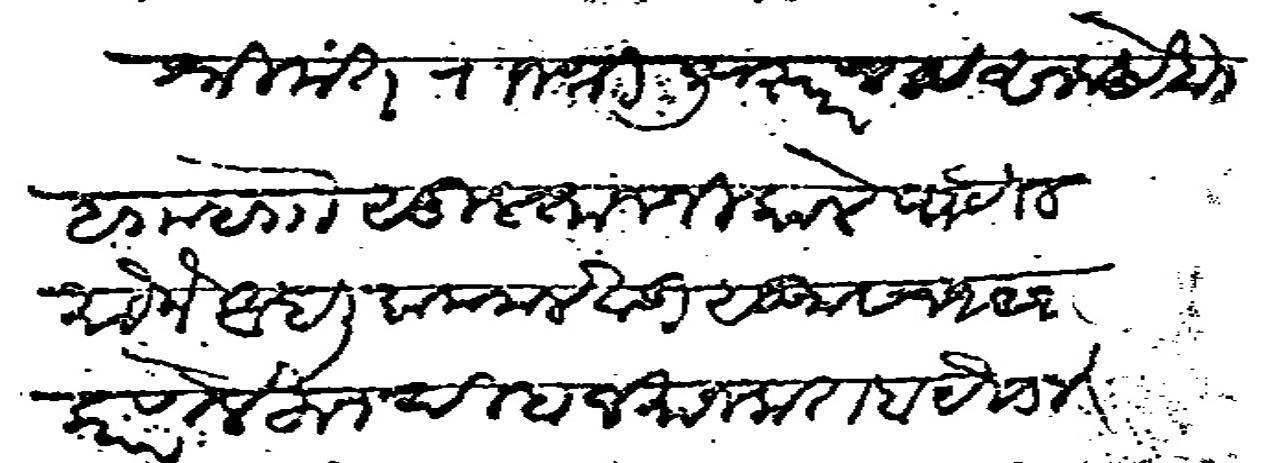
Transliteration (Devanagari): श्रीमंत राजश्री जुंजारराव साहेब बाा बाा सुलतानजी काले पाटील मौजे आंधली कमलेवाडी सु सन १२१६ कारणे लिहून दिल्हा जमान कतबा यैजासे